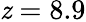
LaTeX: \mathit{z}=8.9